Document type: Sale
Year: 1290
Scribe: Miquel Rotllan
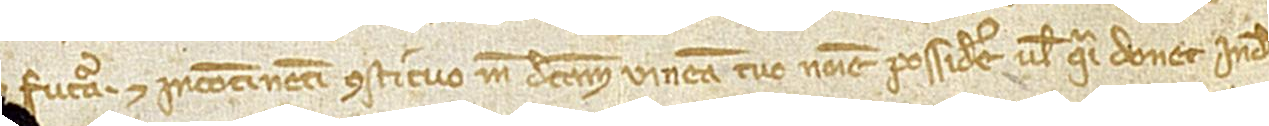
futura. Et incontinenti constituo me dictam vineam tuo nomine possidere vel quasi donec inde